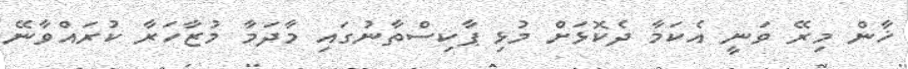
ޚާން މިރޭ ވަނީ އެކަމާ ދެކޮޅަށް މުޅި ޕާކިސްތާނުގައި މާދަމާ މުޒާހަރާ ކުރައްވާނޭ